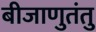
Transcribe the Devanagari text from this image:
बीजाणुतंतु